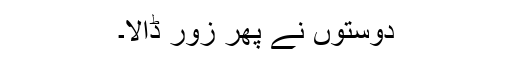
دوستوں نے پھر زور ڈالا۔